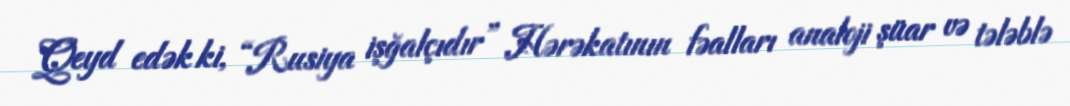
Qeyd edək ki, “Rusiya işğalçıdır” Hərəkatının fəalları analoji şüar və tələblə